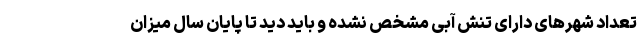
تعداد شهرهای دارای تنش آبی مشخص نشده و باید دید تا پایان سال میزان